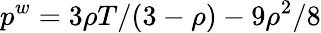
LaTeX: p^{w}=3\rho T/(3-\rho)-9\rho^{2}/8